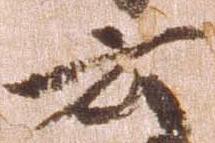
云